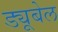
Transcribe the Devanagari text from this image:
ड्यूबेल